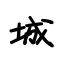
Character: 城